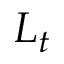
L _ { t }